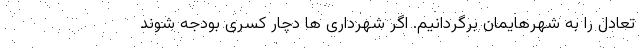
تعادل را به شهرهایمان برگردانیم. اگر شهرداری ها دچار کسری بودجه شوند